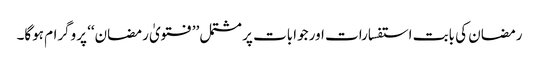
رمضان کی بابت استفسارات اور جوابات پر مشتمل ’’فتویٰ رمضان‘‘ پروگرام ہوگا۔